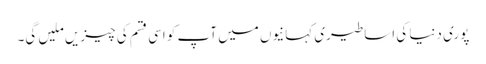
پوری دنیا کی اساطیری کہانیوں میں آپ کو اسی قسم کی چیزیں ملیں گی۔